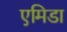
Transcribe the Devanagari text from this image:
एमिडा